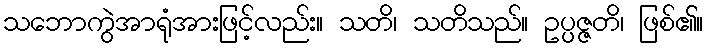
သဘောကွဲအာရုံအားဖြင့်လည်း။ သတိ၊ သတိသည်။ ဥပ္ပဇ္ဇတိ၊ ဖြစ်၏။